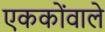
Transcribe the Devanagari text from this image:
एककोंवाले